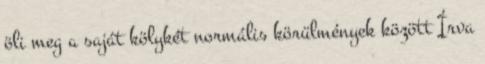
öli meg a saját kölykét normális körülmények között Írva